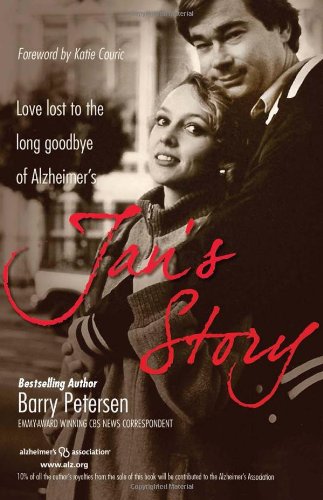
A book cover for Jan's Story: Love Lost to the Long Goodbye of Alzheimer's; Barry Petersen; Health, Fitness & Dieting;